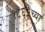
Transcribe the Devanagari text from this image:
१८६३च्या